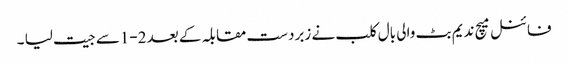
فائنل میچ ندیم بٹ والی بال کلب نے زبردست مقابلہ کے بعد 2-1سے جیت لیا ۔